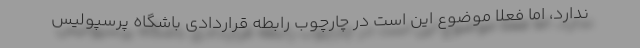
ندارد، اما فعلا موضوع این است در چارچوب رابطه قراردادی باشگاه پرسپولیس